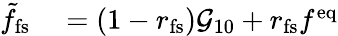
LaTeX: \begin{array}{rl}{\tilde{f}_{\mathrm{fs}}}&{{}=\left(1-r_{\mathrm{fs}}\right)\mathcal{G}_{10}+r_{\mathrm{fs}}f^{\mathrm{eq}}}\end{array}